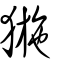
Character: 𤟽